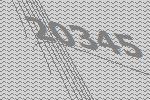
20345